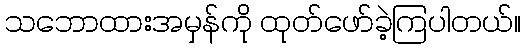
သဘောထားအမှန်ကို ထုတ်ဖော်ခဲ့ကြပါတယ်။